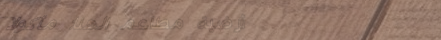
أرضية مطاعم الهنا: مأكولا